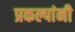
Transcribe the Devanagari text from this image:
प्रकल्पांनी